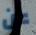
عن